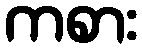
ကစား